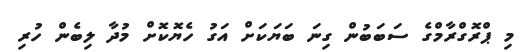
މި ޕްރޮގްރާމްގެ ސަބަބުން ގިނަ ބަޔަކަށް އަގު ހެޔޮކޮށް މުދާ ލިބެން ހުރި